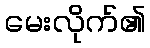
မေးလိုက်၏